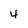
Character: 4